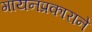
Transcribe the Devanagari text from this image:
गायनप्रकाराने